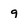
Character: g